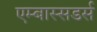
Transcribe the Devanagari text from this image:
एम्बास्सडर्स